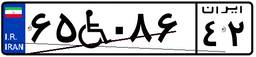
۱۳W۷۴۷۲۱